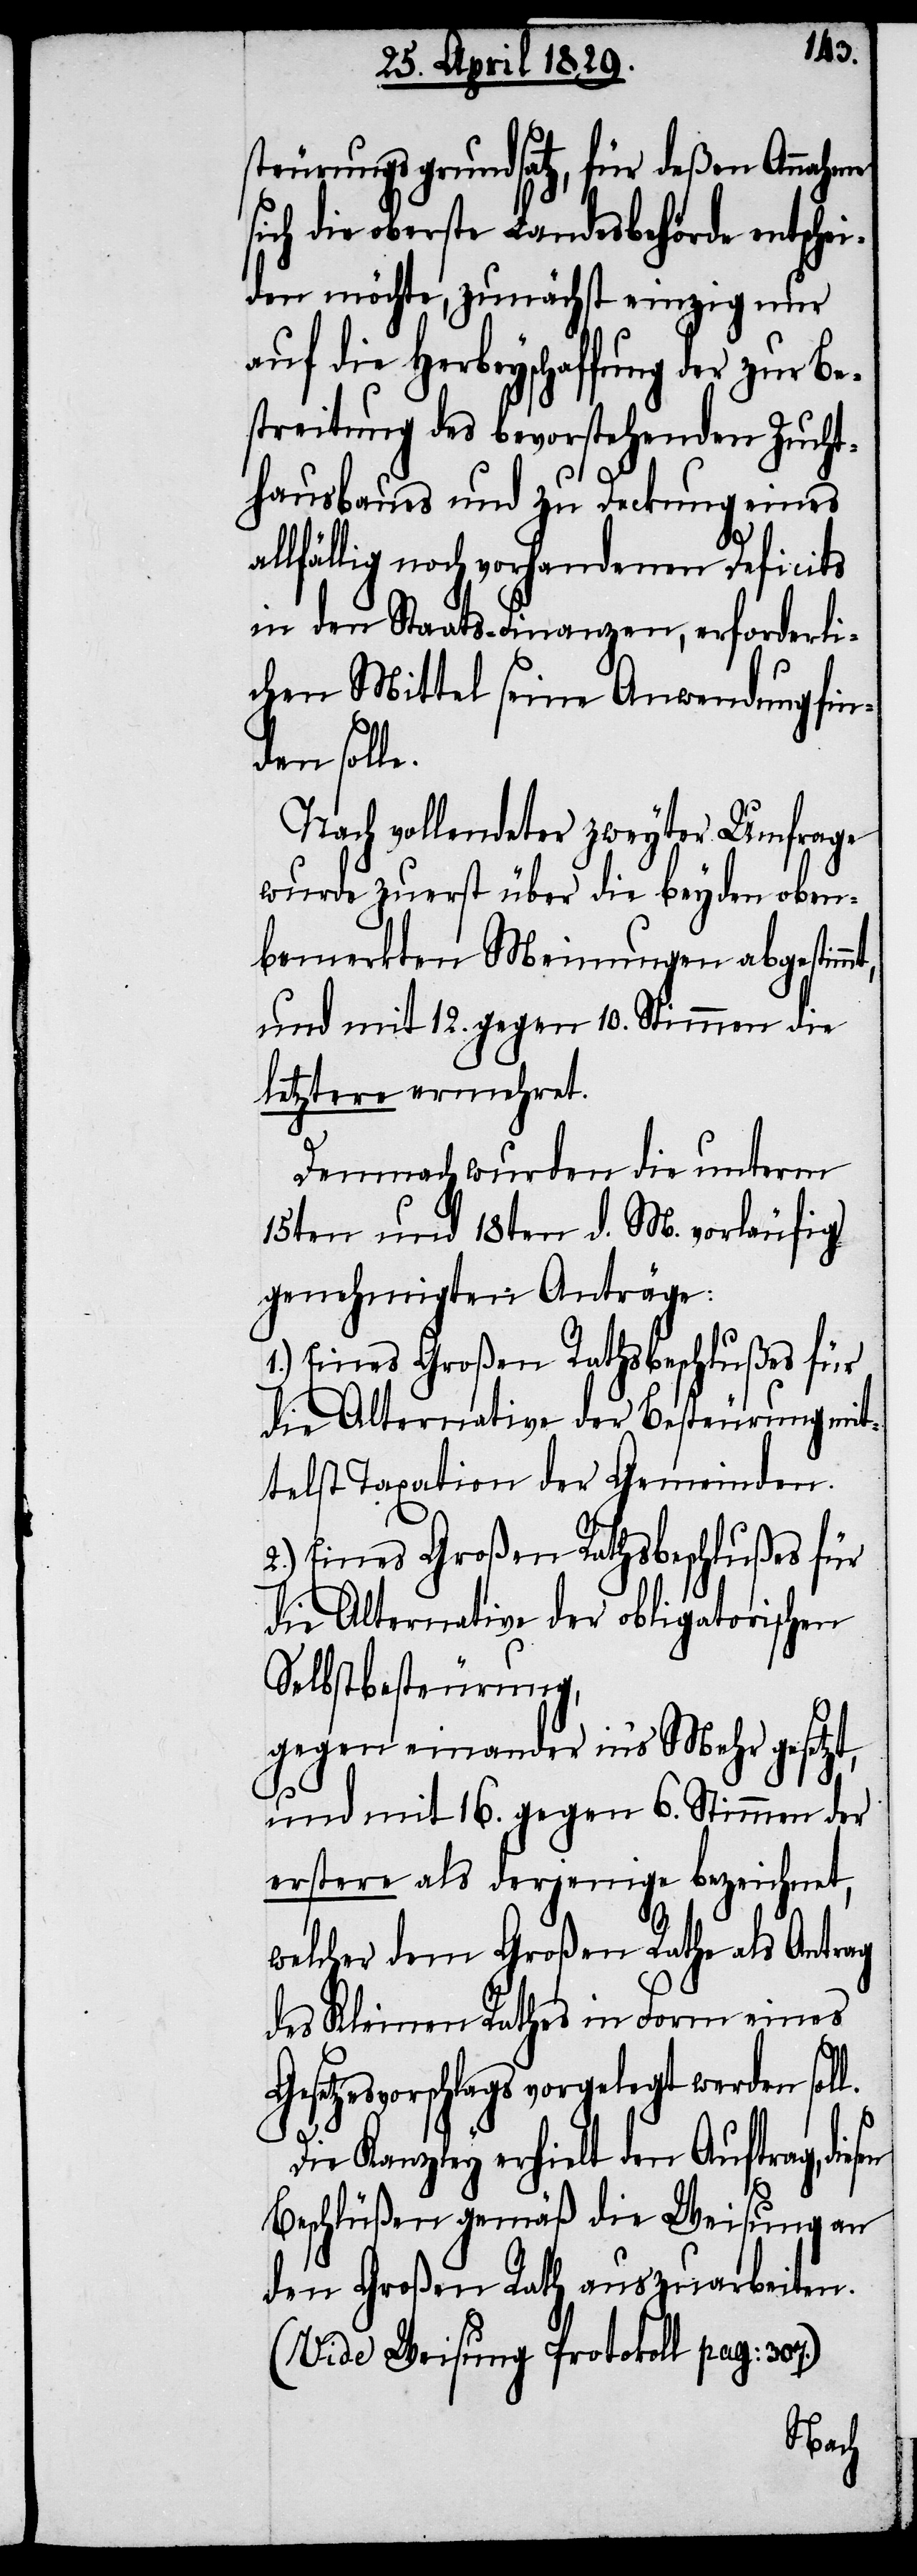
l.
steurungsgrundsatz, für deßen Annahme
sich die oberste Landesbehörde entschei¬
den möchte, zunächst einzig nur
auf die Herbeyschaffung der zur Be¬
streitung des bevorstehenden Zucht¬
hausbaues und zu Deckung eines
allfällig noch vorhandenen Deficits
in den Staats-Finanzen, erforderli¬
chen Mittel seine Anwendung fin¬
den solle.
Nach vollendeter zweyter Umfrage
wurde zuerst über die beyden oben¬
bemerkten Meinungen abgestim¬
und mit 12. gegen 10. Stimmen die
letztere ermehret.
Demnach wurden die unterm
15ten und 18ten d. M. vorläufig
genehmigten Anträge:
1.) Eines Großen Rathsbeschlußes für
die Alternative des Besteurung mit¬
telst Taxation der Gemeinden.
2.) Eines Großen Rathsbeschlußes für
die Alternative der obligatorischen
Selbstbesteurung,
gegen einander in’s Mehr gesetzt,
und mit 16. gegen 6. Stimmen der
erstere als derjenige bezeichnet,
welcher dem Großen Rathe als Antrag
des Kleinen Rathes in Form eines
Gesetzesvorschlags vorgelegt werden sol¬
Die Kanzley erhielt den Auftrag,
Beschlüßen gemäß die Weisung an
den Großen Rath auszuarbeiten.
(Vide Weisung Protokoll pag: 307.)